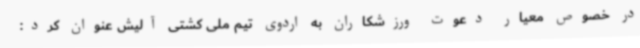
در خصوص معیار دعوت ورزشکاران به اردوی تیم ملی کشتی آلیش عنوان کرد: